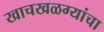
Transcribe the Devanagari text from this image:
खाचखळग्यांचा